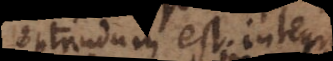
optandum est integrae